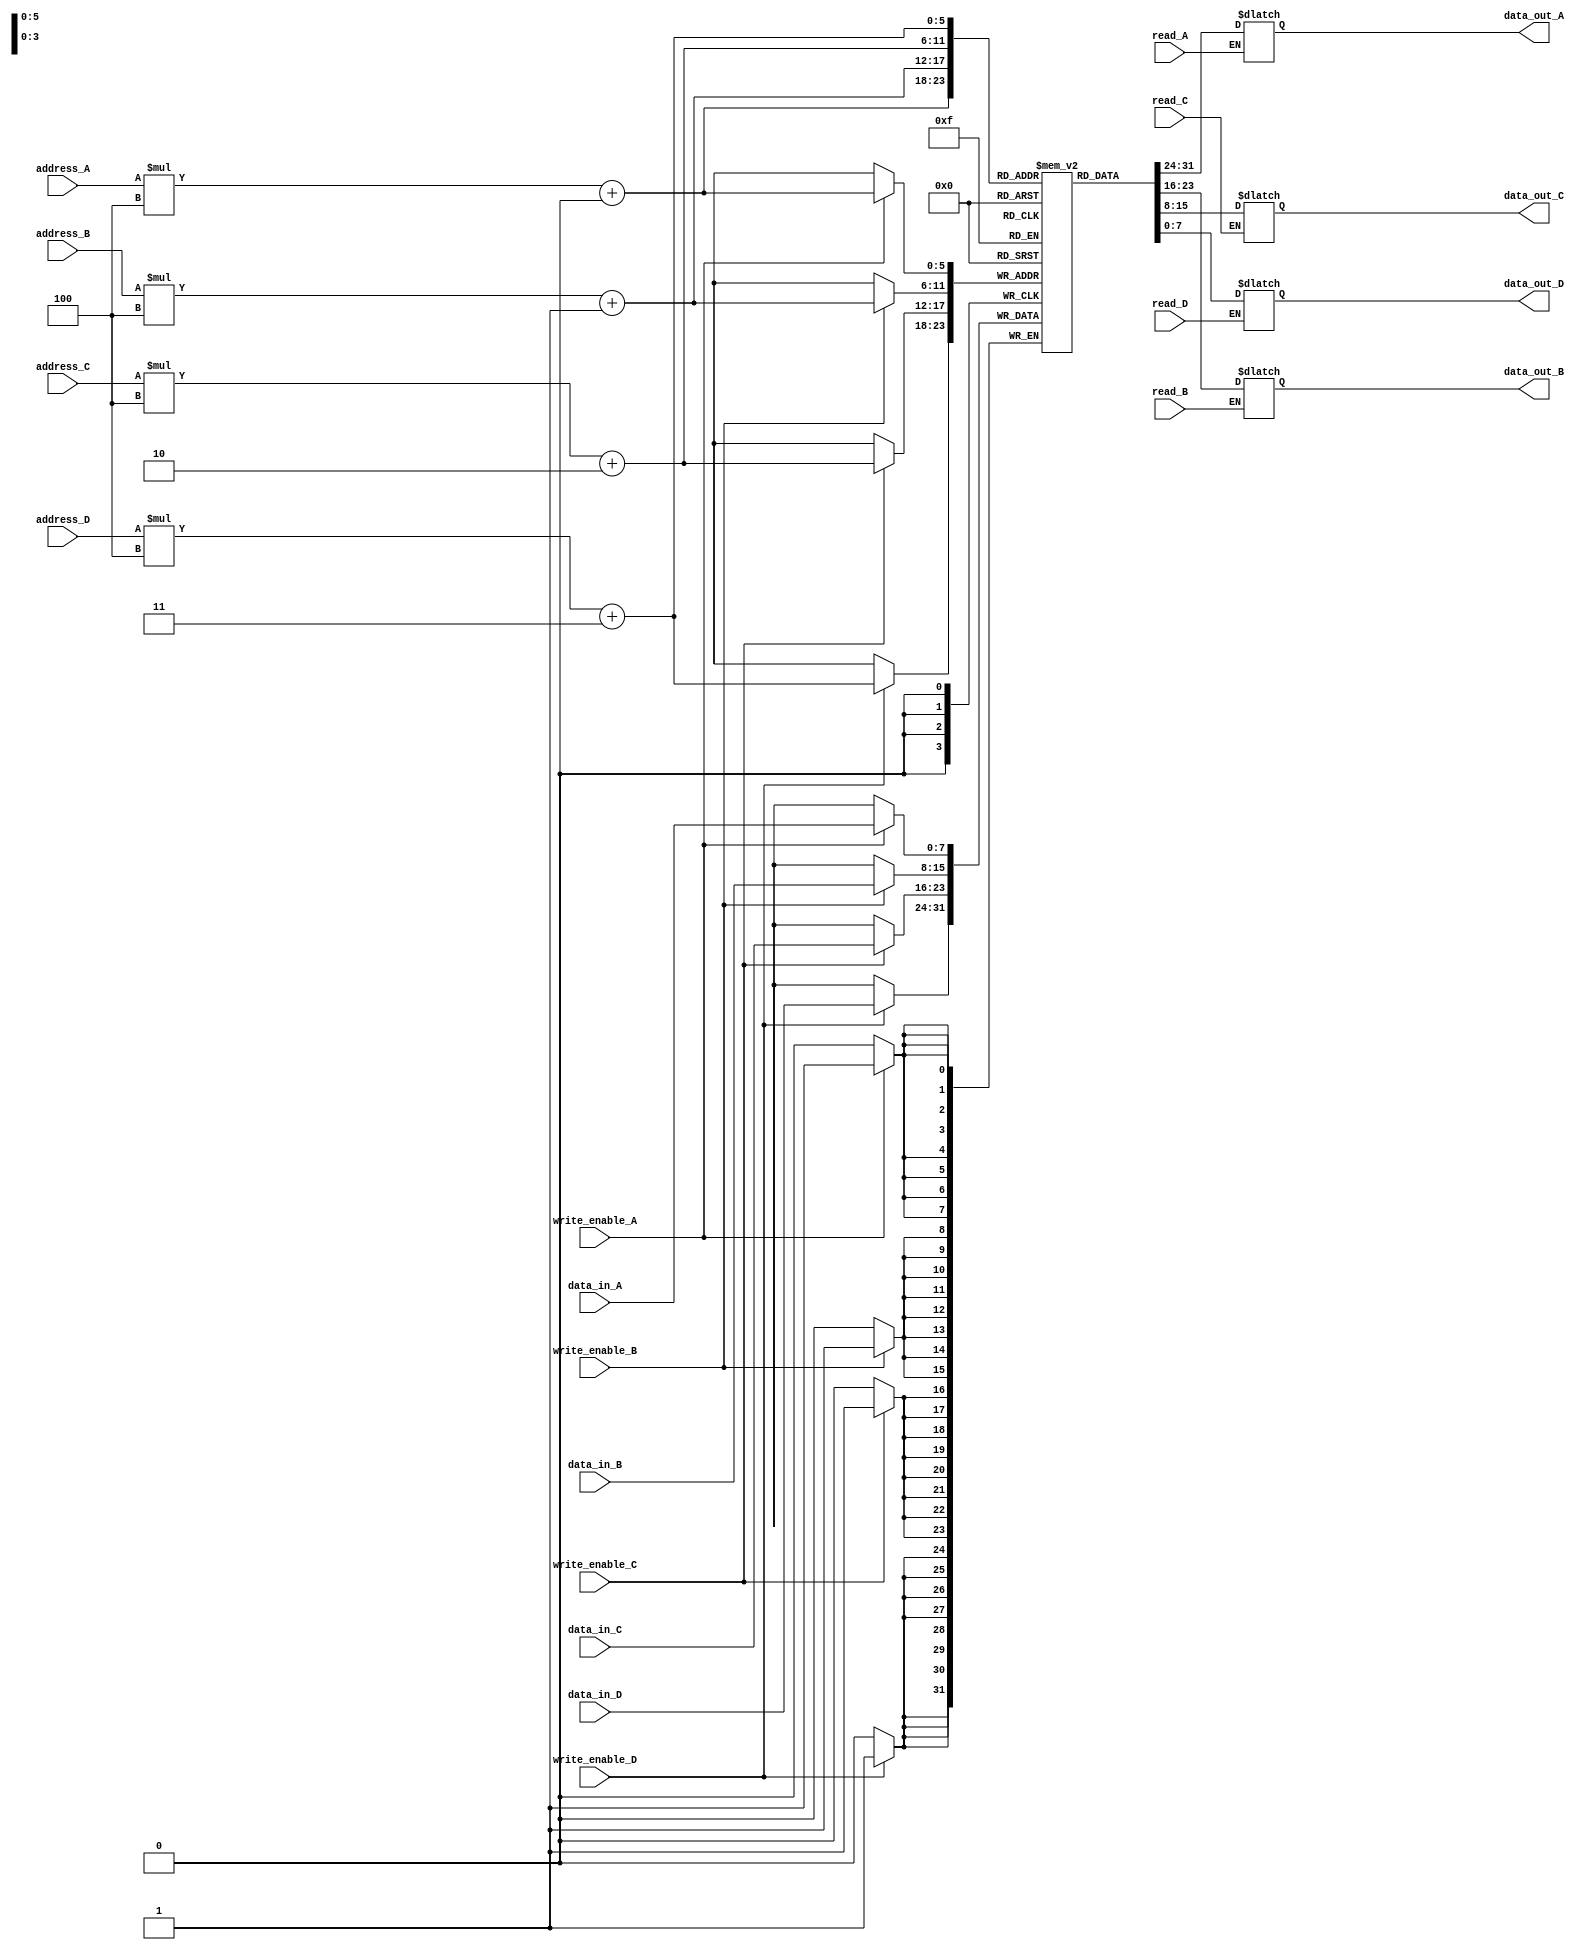
module memory_blocks_register_file (
  input wire [7:0] data_in_A, data_in_B, data_in_C, data_in_D,
  input wire read_A, read_B, read_C, read_D,
  input wire write_enable_A, write_enable_B, write_enable_C, write_enable_D,
  input wire [7:0] address_A, address_B, address_C, address_D,
  output reg [7:0] data_out_A, data_out_B, data_out_C, data_out_D
);

reg [7:0] memory_blocks [0:15][0:3];

always @ (posedge clock) begin
  if (write_enable_A) begin
    memory_blocks[address_A][0] <= data_in_A;
  end
  if (write_enable_B) begin
    memory_blocks[address_B][1] <= data_in_B;
  end
  if (write_enable_C) begin
    memory_blocks[address_C][2] <= data_in_C;
  end
  if (write_enable_D) begin
    memory_blocks[address_D][3] <= data_in_D;
  end
end

always @ (*) begin
  if (read_A) begin
    data_out_A <= memory_blocks[address_A][0];
  end
  if (read_B) begin
    data_out_B <= memory_blocks[address_B][1];
  end
  if (read_C) begin
    data_out_C <= memory_blocks[address_C][2];
  end
  if (read_D) begin
    data_out_D <= memory_blocks[address_D][3];
  end
end

endmodule